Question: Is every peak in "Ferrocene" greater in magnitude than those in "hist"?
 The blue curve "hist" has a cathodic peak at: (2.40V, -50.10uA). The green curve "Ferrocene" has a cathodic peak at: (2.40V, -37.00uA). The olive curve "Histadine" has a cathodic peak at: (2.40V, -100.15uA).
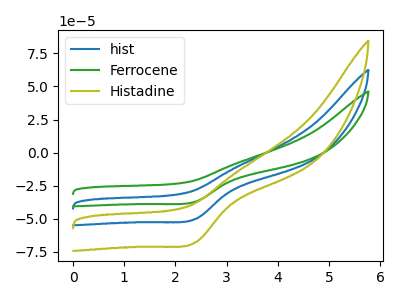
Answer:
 <answer>Every peak in "Ferrocene" is lower than every peak in "hist".</answer>
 <eval>lower</eval>